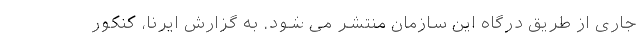
جاری از طریق درگاه این سازمان منتشر می شود. به گزارش ایرنا، کنکور